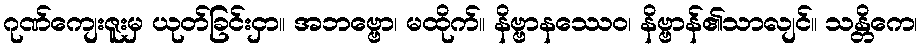
ဂုဏ်ကျေးဇူးမှ ယုတ်ခြင်းငှာ။ အဘဗ္ဗော၊ မထိုက်။ နိဗ္ဗာနဿေဝ၊ နိဗ္ဗာန်၏သာလျင်။ သန္တိကေ၊